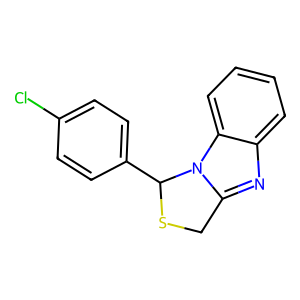
SMILES: Clc1ccc(C2SCc3nc4ccccc4n32)cc1
Inhibits HIV replication: No